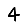
Digit: 4